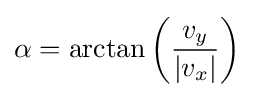
\alpha =\arctan \left({\frac {v_{y}}{|v_{x}|}}\right)